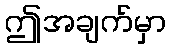
ဤအချက်မှာ